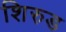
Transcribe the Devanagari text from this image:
शिरुड